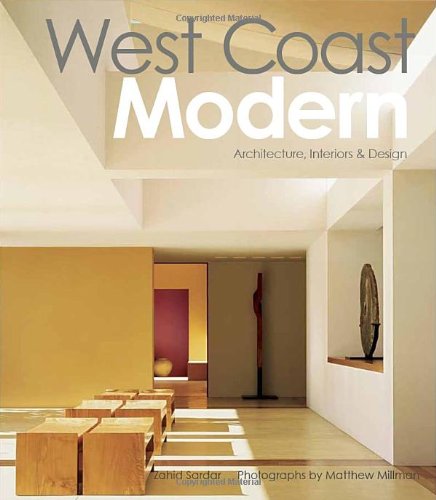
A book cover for West Coast Modern: Architecture, Interiors & Design; Zahid Sardar; Arts & Photography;